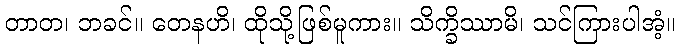
တာတ၊ ဘခင်။ တေနဟိ၊ ထိုသို့ဖြစ်မူကား။ သိက္ခိဿာမိ၊ သင်ကြားပါအံ့။